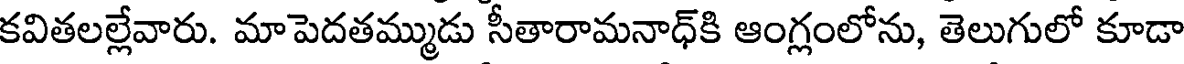
కవితలల్లేవారు. మాపెదతమ్ముడు సీతారామనాధ్కి ఆంగ్లంలోను, తెలుగులో కూడా